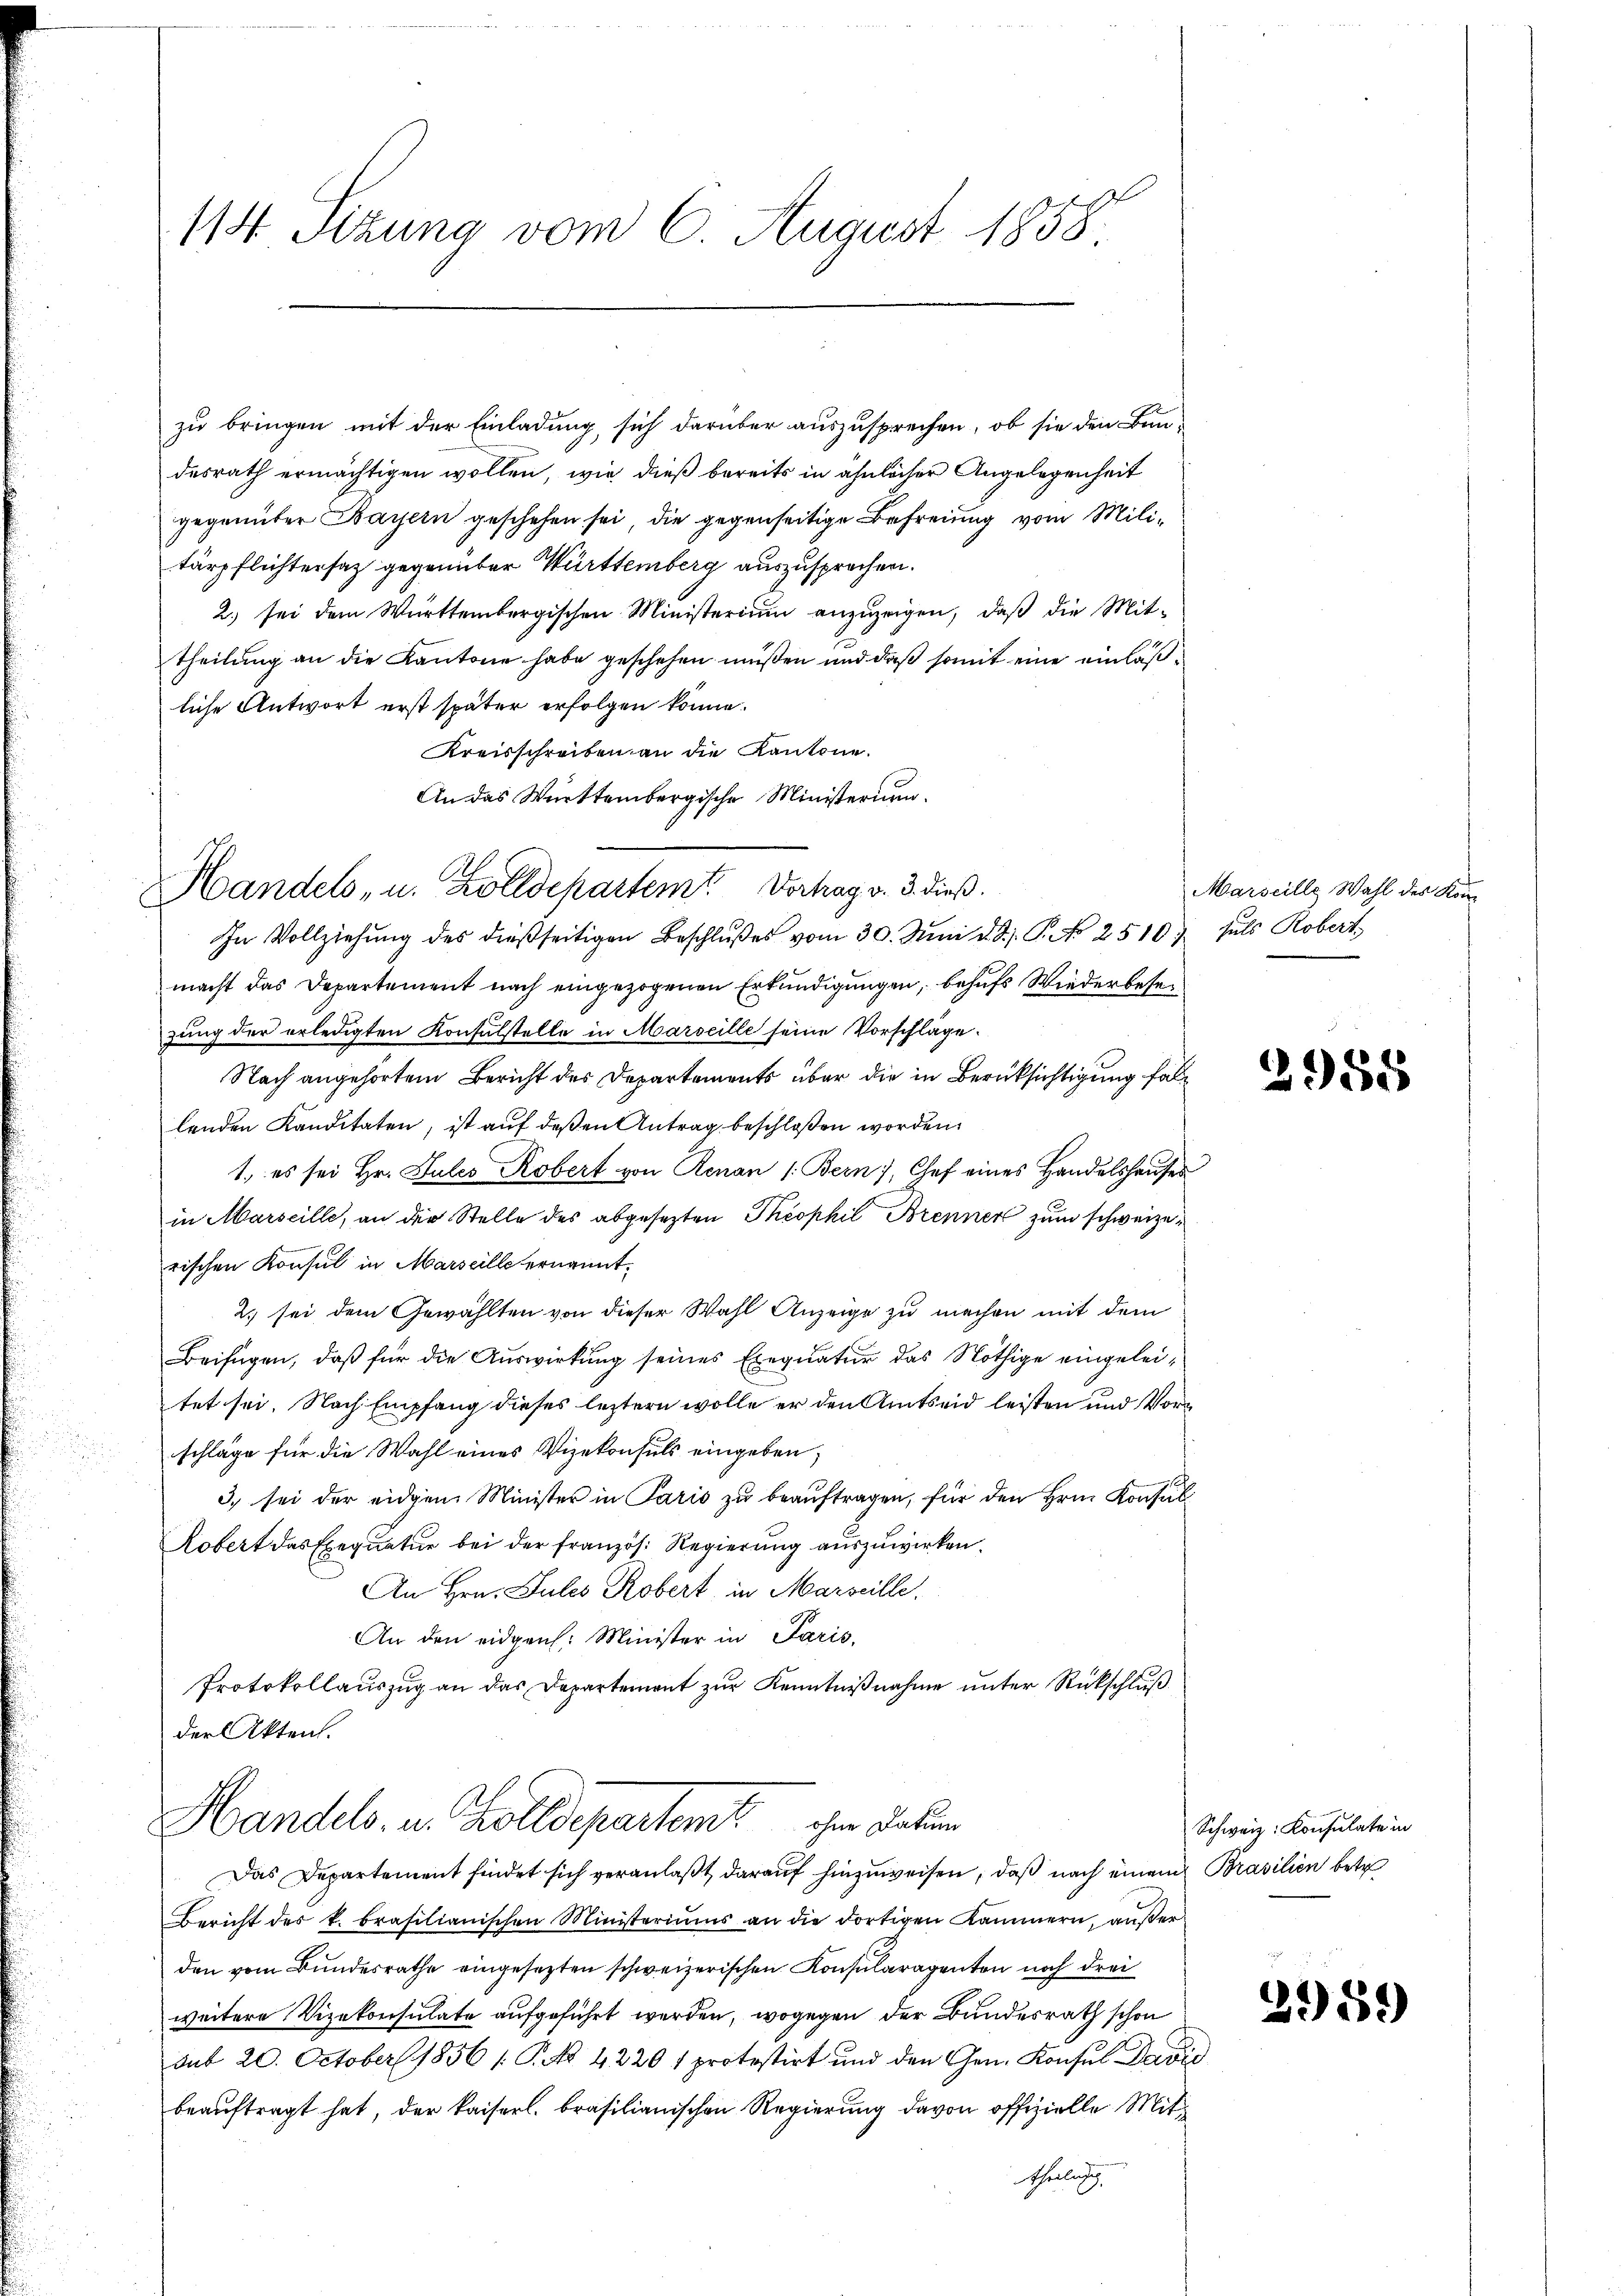
zu bringen mit der Einladung sich darüber auszusprechen, ob sie den Bundesrath ermächtigen wollen, wie dieß bereits in ähnlicher Angelegenheit
gegenüber Bayern geschehen sei, die gegenseitige Befreiung vom Militärpflichtersatz gegenüber Württemberg auszusprechen.
2.) sei dem Württembergischen Ministerium anzuzeigen, daß die Mit-
theilung an die Kantone habe geschehen müssen und daß somit eine einläßliche Antwort erst später erfolgen könne.
Kreisschreiben an die Kantone.
An das Württembergische Ministerium.
In Vollziehŭng des dießseitigen Beschlŭβes vom 30. Juni d. d. J. P. No 2510. Jŭls Robert
macht das Departement nach eingezogenen Erkundigungen, behufs Wiederbeseizung der erledigten Konsulstelle in Marseille seine Vorschläge.
Nach angehörtem Bericht des Departements über die in Berücksichtigung fallenden Kanditaten, ist auf deßen Antrag beschloßen worden.
1., es sei Hr. Julio Robert von Renan (: Bern, Chef eines Handelshauses
in Marseille, an die Stelle des abgesetzten Theophil Brenner zum schweizerischen Konsul in Marseille ernannt.
2.) sei dem Gewählten von dieser Wahl Anzeige zu machen mit dem
Beifügen, daß für die Auswirkung seines Exequatur das Nöthige eingeleitet sei. Nach Empfang dieses leztern wolle er den Amtseid leisten und Vorschläge für die Wahl eines Vizekonsuls eingeben,
3) sei der eidgen Minister in Paris zu beaŭftragen, für den Hrn. Konsul
Kobert das Exequatur bei der französ. Regierŭng aŭszŭwirken.
An Hrn. Julis Robert in Marseille.
An den eidgen. Minister in Paris,
Protokollauszug an das Departement zur Kenntnißnahme unter Rückschluß
der Akten.

114 Sitzung vom 6. August 1858.

Handels, u. Zolldepartemt. Verhag v. 3. dieß.

Handels- u. Zolldepartent chem Daten

Marseille Wahl des Kon-

Das Departement findet sich veranlaßt darauf hinzuweisen, daß nach einem Brasilien betr
Bericht des k. brasilianischen Ministeriums an die dortigen Kammern, aŭβer
den vom Bundesrathe eingesetzten schweizerischen Konsularagenten noch drei
weitere Vizekonsulate aufgeführt werden, wogegen der Bundesrath schon
sub 20. October 1856 / P.NNo. 4220 1 protestirt und den Gen. Konsul David
beauftragt hat, der kaiserl. brasilianischen Regierung davon offizielle Mit¬
Theilich

2958

Schweiz. Konsulate in

2959